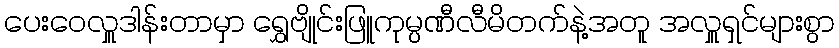
ပေးဝေလှူဒါန်းတာမှာ ရွှေဗျိုင်းဖြူကုမ္ပဏီလီမိတက်နဲ့အတူ အလှူရှင်များစွာ